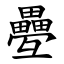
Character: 疉